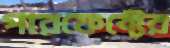
পারফেক্টের